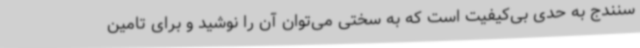
سنندج به حدی بی‌کیفیت است که به سختی می‌توان آن را نوشید و برای تامین